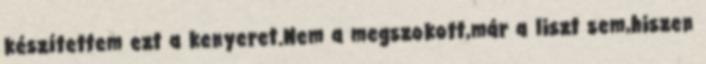
készítettem ezt a kenyeret.Nem a megszokott,már a liszt sem,hiszen